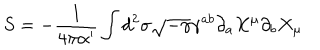
S = - \frac { 1 } { 4 \pi \alpha ^ { \prime } } \int d ^ { 2 } \sigma \sqrt { - \gamma } \gamma ^ { a b } \partial _ { a } X ^ { \mu } \partial _ { b } X _ { \mu }